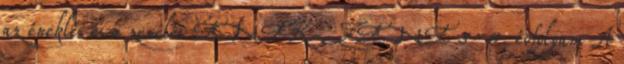
az éneklés és a zenélés ÉNEK-ZENE 5-8. évfolyam A